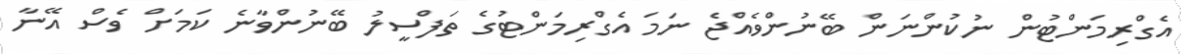
އެގްރިމަންޓުން ނުކުންނަން ބޭނުންވެއްޖެ ނަމަ އެގްރިމަންޓުގެ ތަފްސީލު ބޭނުންވާނެ ކަމަށް ވެސް އޭނާ